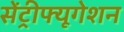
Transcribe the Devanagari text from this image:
सेंट्रीफ्यूगेशन